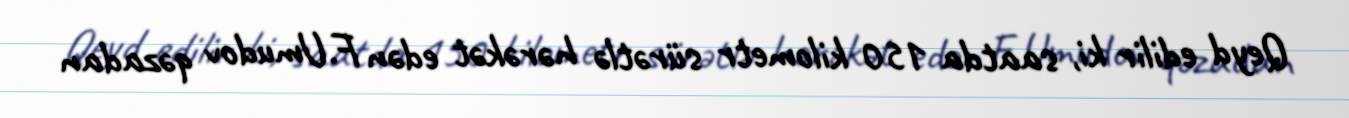
Qeyd edilir ki, saatda 150 kilometr sürətlə hərəkət edən F.Umudov qəzadan